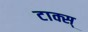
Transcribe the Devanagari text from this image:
टाक्स्